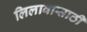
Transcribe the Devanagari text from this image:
लिलावासाठी